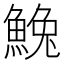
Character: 𩸃